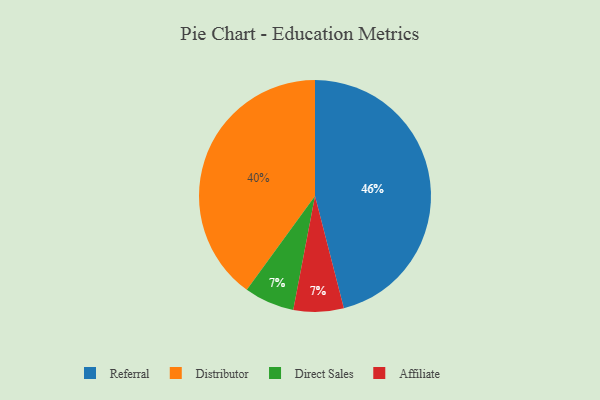
{"axis": {"x": "Category", "y": "Percentage"}, "legend": ["Affiliate", "Direct Sales", "Distributor", "Referral"], "data": [{"x": "Direct Sales", "y": 7, "type": "Direct Sales"}, {"x": "Distributor", "y": 40, "type": "Distributor"}, {"x": "Affiliate", "y": 7, "type": "Affiliate"}, {"x": "Referral", "y": 46, "type": "Referral"}]}